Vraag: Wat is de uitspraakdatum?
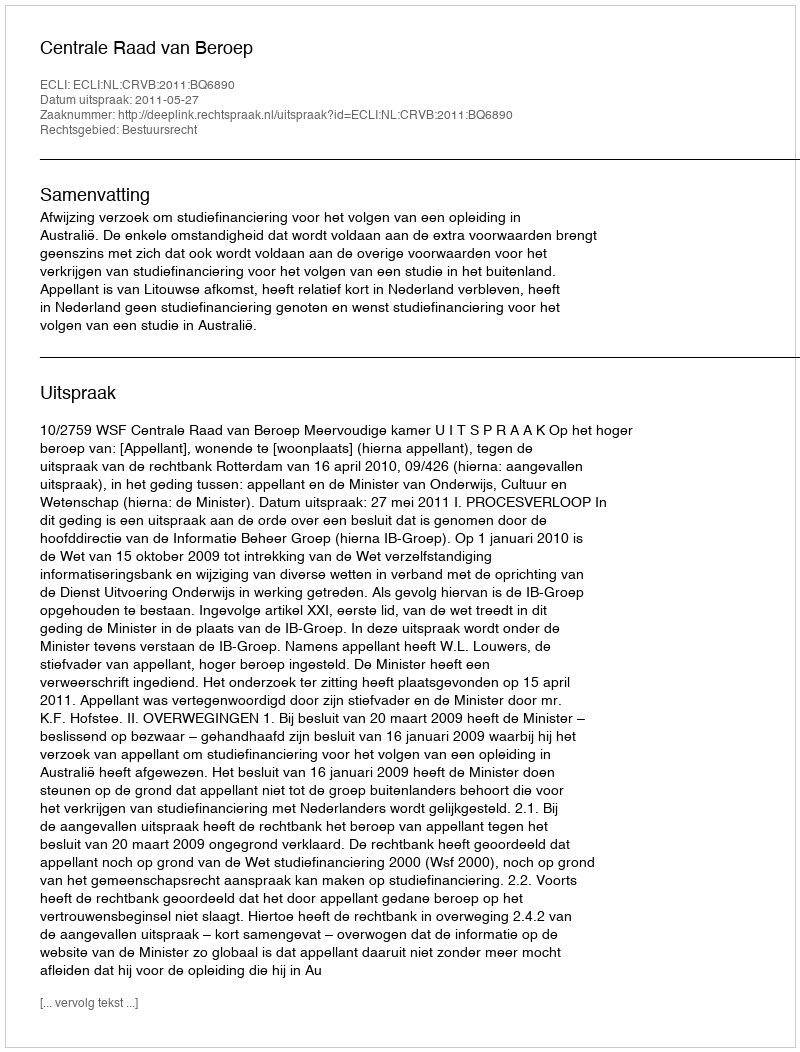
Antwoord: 2011-05-27